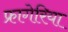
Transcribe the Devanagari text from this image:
फ्रागेरिया